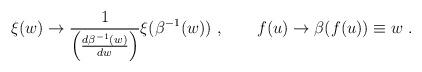
LaTeX: \begin{align*}\xi (w) \rightarrow {1 \over\Bigl({d \beta^{-1} (w)\over dw}\Bigr)}\xi(\beta^{-1} (w))\ ,\qquad f(u) \rightarrow \beta (f(u)) \equiv w\ .\end{align*}